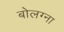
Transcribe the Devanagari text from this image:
बोलग्ना